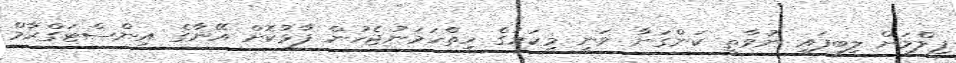
ފިލްމަށް ލިބިފައި ނުވާތީ ކަންގަނާ ވަނީ މިކަމުގެ ހިތްހަމަނުޖެހުން ފާޅުކޮށް އޭނާގެ އިންސްޓަގްރާމް